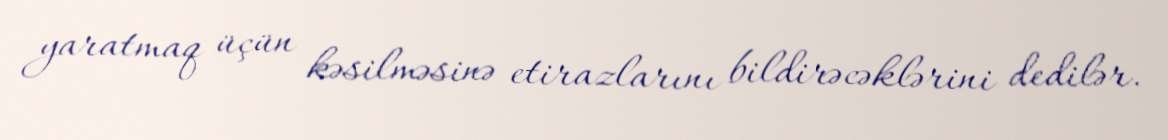
yaratmaq üçün kəsilməsinə etirazlarını bildirəcəklərini dedilər.